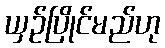
ယှဉ်ပြိုင်မည်ဟု